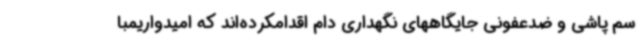
سم پاشی و ضدعفونی جایگاههای نگهداری دام اقدامکرده‌اند که امیدواریمبا